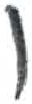
אות: ו